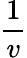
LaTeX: \frac{1}{v}